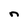
Character: n